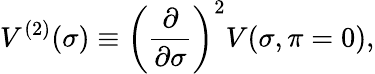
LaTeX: V^{(2)}(\sigma)\equiv\left(\frac{\partial}{\partial\sigma}\right)^{2}V(\sigma,\pi=0),